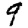
Digit: 9